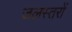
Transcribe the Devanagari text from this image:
जलस्तरों